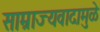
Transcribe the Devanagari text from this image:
साम्राज्यवादामुळे